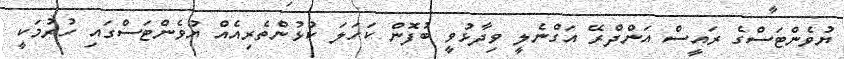
ޔުވެންޓަސްގެ ރައީސް އަންދްރޭ އަގްނެލީ ވިދާޅުވީ ބުފޮން ކަހަލަ ކުޅުންތެރިއެއް ޔުވެންޓަސްގައި ހުރުމަކީ